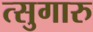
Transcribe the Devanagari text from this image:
त्सुगारु